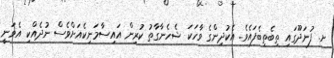
ށ. ފުނަދޫގައި ތިބެތިބެފައެވެ. އެކުދިންގެ ވާހަކަ ޝެހެނާގާތު ކުރިން އައިސާމަނިކެއަށްވެސް ނުދެއްކި އެވަނީ